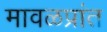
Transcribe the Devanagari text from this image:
मावळप्रांत